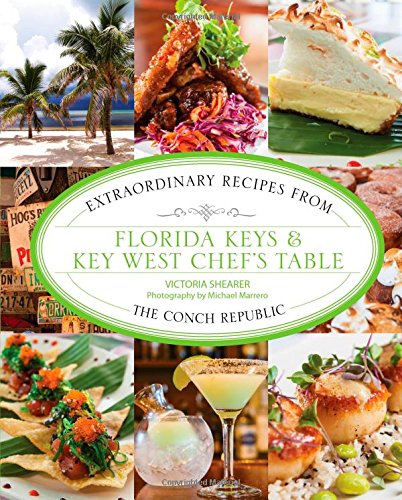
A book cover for Florida Keys & Key West Chef's Table: Extraordinary Recipes from the Conch Republic; Victoria Shearer; Travel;